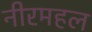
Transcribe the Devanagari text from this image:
नीरमहल